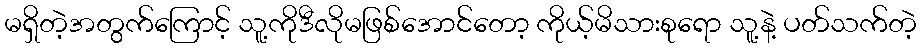
မရှိတဲ့အတွက်ကြောင့် သူ့ကိုဒီလိုမဖြစ်အောင်တော့ ကိုယ့်မိသားစုရော သူ့နဲ့ ပတ်သက်တဲ့